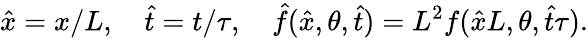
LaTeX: \hat{x}=x/L,\quad\hat{t}=t/\tau,\quad\hat{f}(\hat{x},\theta,\hat{t})=L^{2}f(\hat{x}L,\theta,\hat{t}\tau).